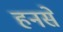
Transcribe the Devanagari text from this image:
हनसे